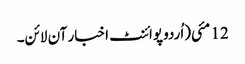
12 مئی(اُردو پوائنٹ اخبار آن لائن۔